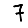
Digit: 7